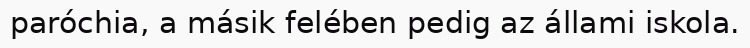
paróchia, a másik felében pedig az állami iskola.